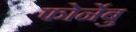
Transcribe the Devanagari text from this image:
फोर्नेबु